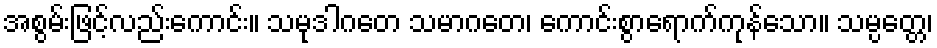
အစွမ်းဖြင့်လည်းကောင်း။ သမုဒါဂတေ သမာဂတေ၊ ကောင်းစွာရောက်ကုန်သော။ သမ္ပတ္တေ၊